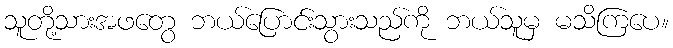
သူတို့သားအဖတွေ ဘယ်ပြောင်းသွားသည်ကို ဘယ်သူမှ မသိကြပေ။